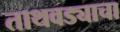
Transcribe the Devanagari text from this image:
ताथवड्याचा